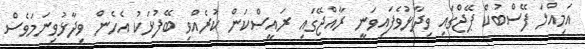
އަމިއްލަ ފޭސްބުކް ޕޭޖްގައި ވިދާޅުވެފައިވަނީ ރާއްޖޭގައި ރައީސްކަން ކުރެއްވި ބޭފުޅަކު އެހެން ވިދާޅުވިނަމަވެސް